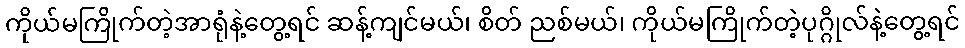
ကိုယ်မကြိုက်တဲ့အာရုံနဲ့တွေ့ရင် ဆန့်ကျင်မယ်၊ စိတ် ညစ်မယ်၊ ကိုယ်မကြိုက်တဲ့ပုဂ္ဂိုလ်နဲ့တွေ့ရင်